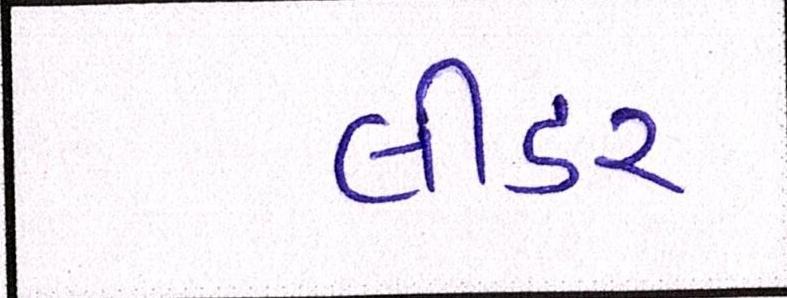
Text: લીડર